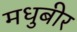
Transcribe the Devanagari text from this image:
मधुबीर